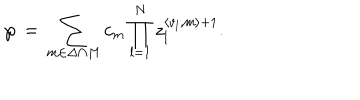
\wp \, = \, \sum _ { { m } \in { \Delta \cap M } } c _ { m } \prod _ { l = 1 } ^ { N } z _ { l } ^ { \langle { v } _ { l } , { m } \rangle + 1 } .